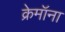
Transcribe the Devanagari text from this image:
क्रेमॉना